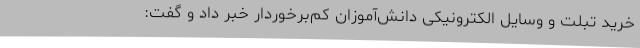
خرید تبلت و وسایل الکترونیکی دانش‌آموزان کم‌برخوردار خبر داد و گفت: